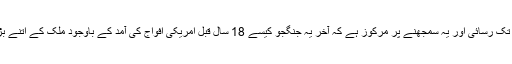
فلم کا دوسرا حصہ طالبان کے زیر قبضہ علاقوں تک رسائی اور یہ سمجھنے پر مرکوز ہے کہ آخر یہ جنگجو کیسے 18 سال قبل امریکی افواج کی آمد کے باوجود ملک کے اتنے بڑے علاقے پر اپنا تسلط برقرار رکھے ہوئے ہیں۔